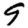
Digit: 9